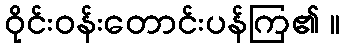
ဝိုင်းဝန်းတောင်းပန်ကြ၏ ။